Leaving Certificate Examination, 1912. Written examination, 1912
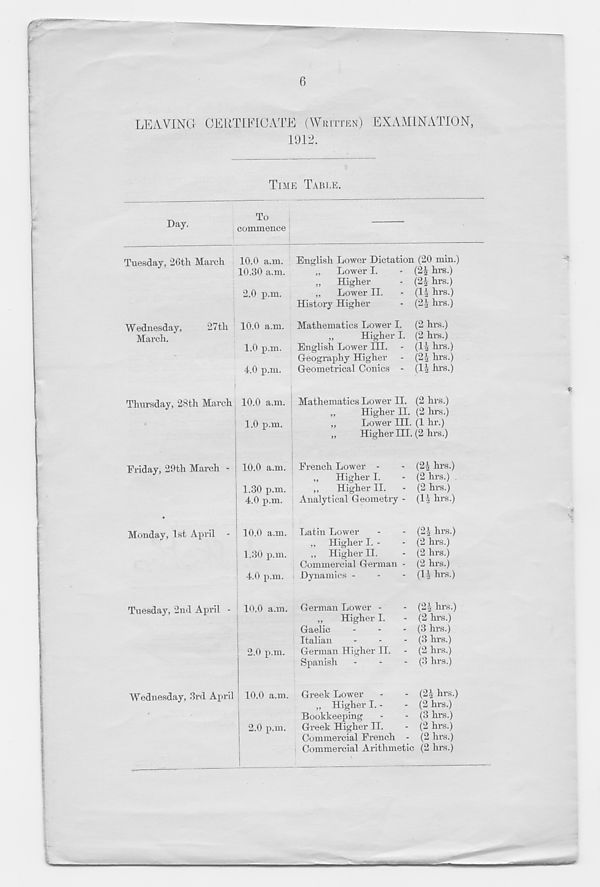
6
LEAVING CERTIFICATE (WRITTEN)
1912.
EXAMINATION,
TIME TABLE.
Day.
Tuesday, 26th March
Wednesday,
27th
March.
Thursday, 28th March
Friday, 29th March -
Monday, 1st April -
Tuesday, 2nd April -
Wednesday, 3rd April
To
commence
10.0 a.m. English Lower Dictation (20 min.)
10.30 a.m.
„
Lower I.
- (2§ hrs.)
„
Higher
- (2£ hrs.)
2.0 p.m.
„
Lower II.
- (14 hrs.)
History Higher
- (21 hrs.)
10.0 a.m. Mathematics Lower I. (2 hrs.)
„
Higher I. (2 hrs.)
1.0 p.m.
English Lower III. - (14 hrs.)
Geography Higher - (2-1 hrs.)
4.0 p.m.
Geometrical Conics - (14 hrs.)
10.0 a.m. ; Mathematics Lower II. (2 hrs.)
„
Higher II. (2 hrs.)
1.0 p.m. |
„
Lower III. (1 hr.)
„
Higher III. (2 hrs.)
10.0 a.m. ; French Lower -
- (24 hrs.)
„
Higher I.
- (2 hrs.)
1.30 p.m.
„
Higher II.
- (2 hrs.)
4.0 p.m. ! Analytical Geometry - (14 hrs.)
10.0 a.m. Latin Lower
-
- (24 hrs.)
„ Higher I. -
- (2 hi-s.)
1.30 p.m.
„ Higher II.
- (2 hrs.)
Commercial German - (2 hrs.)
4.0 p.m.
Dynamics -
-
- (14 hrs.)
10.0 a.m. German Lower -
- (24 hrs.)
„
Higher I.
- (2 hrs.)
Gaelic
-
-
- (3 hrs.)
Italian
-
-
- (3 hrs.)
' 2.0 p.m.
German Higher II. - (2 hrs.)
Spanish
-
-
- (3 hrs.)
! 10.0 a.m. Greek Lower
-
- (24 hrs.)
„ Higher I. -
- (2 hrs.)
Bookkeeping
-
- (3 hrs.)
2.0 p.m.
Greek Higher II.
- (2 hrs.)
Commercial French - (2 hrs.)
Commercial Arithmetic (2 hrs.)